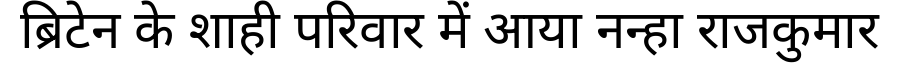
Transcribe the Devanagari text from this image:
ब्रिटेन के शाही परिवार में आया नन्हा राजकुमार